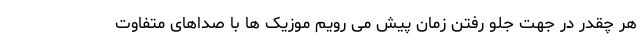
هر چقدر در جهت جلو رفتن زمان پیش می رویم موزیک ها با صداهای متفاوت